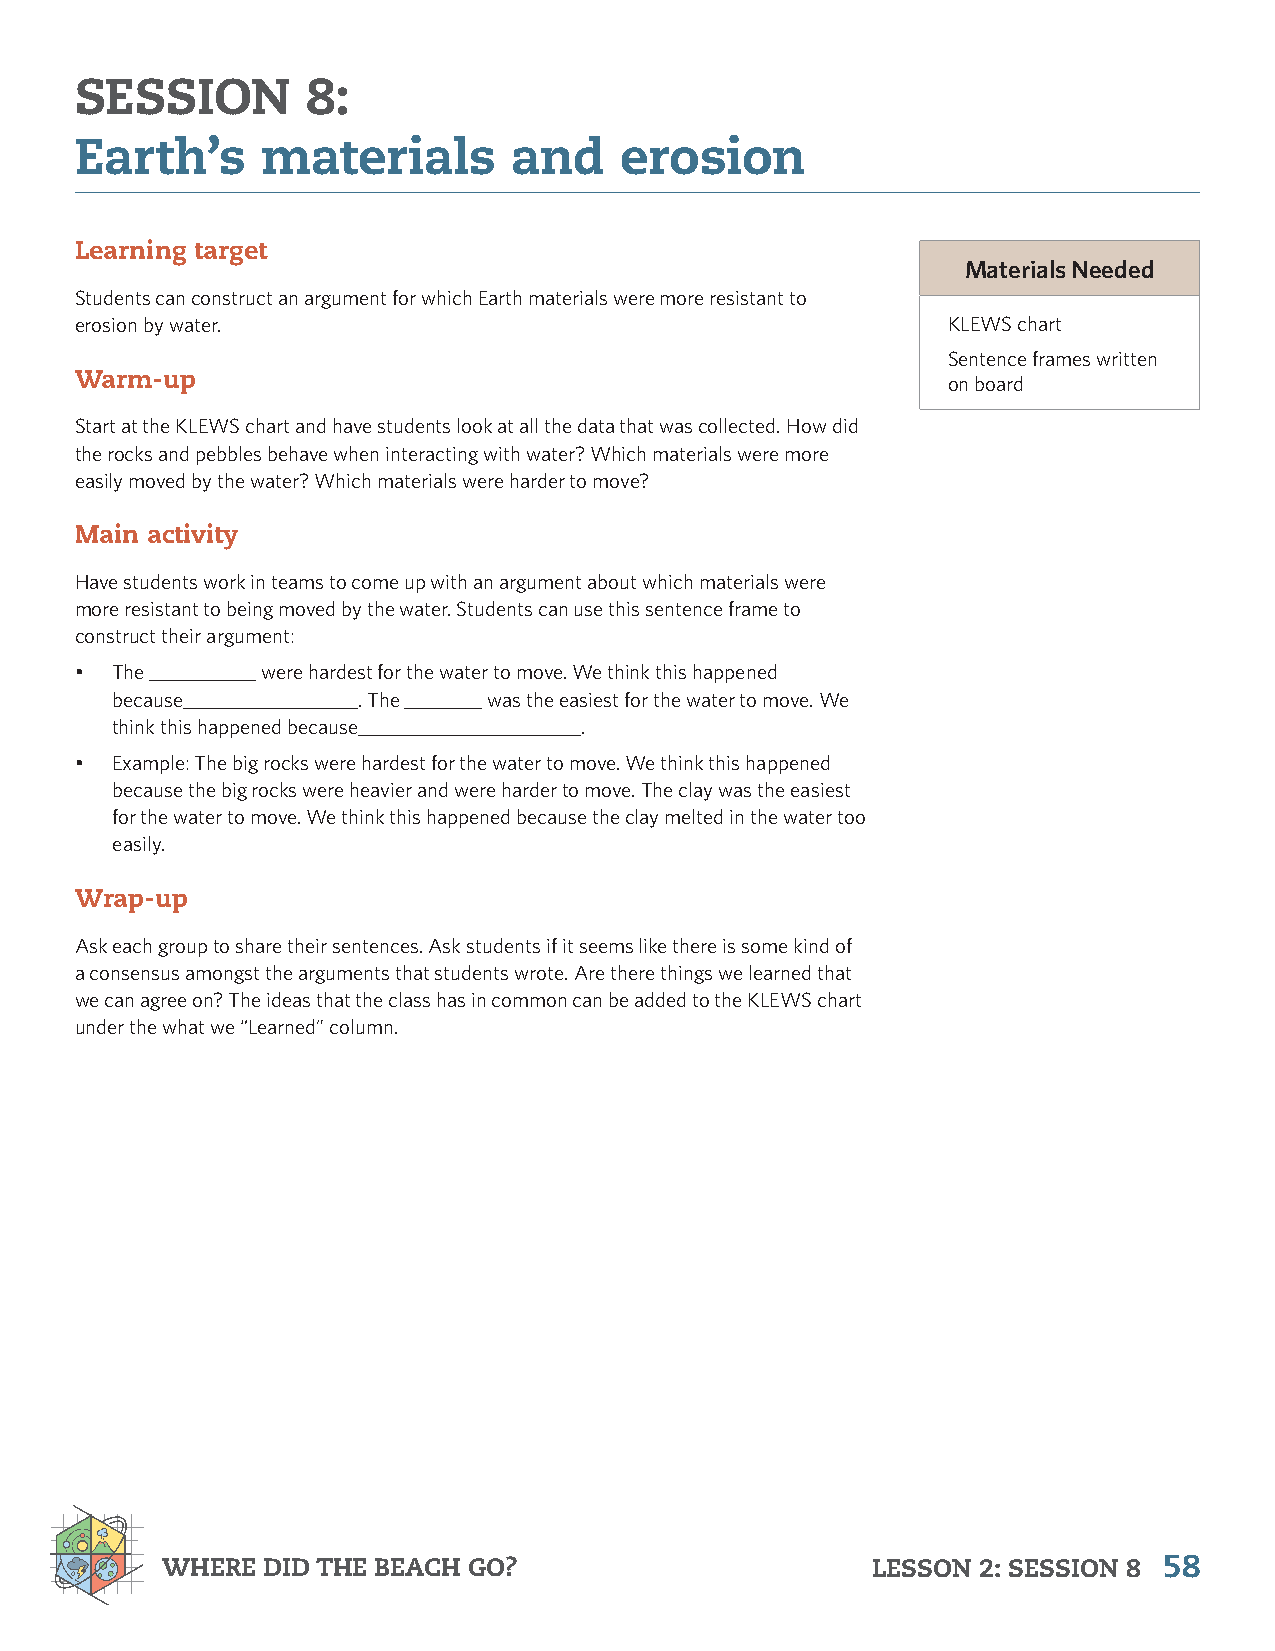
SESSION        8:
 Earth’s     materials        and    erosion
 Learning target
 Materials Needed
 Students can construct an argument for which Earth materials were more resistant to
 erosion by water.                                         KLEWS chart
 Sentence frames written
 Warm-up                                                   on board
 Start at the KLEWS chart and have students look at all the data that was collected. How did
 the rocks and pebbles behave when interacting with water? Which materials were more
 easily moved by the water? Which materials were harder to move?
 Main activity
 Have students work in teams to come up with an argument about which materials were
 more resistant to being moved by the water. Students can use this sentence frame to
 construct their argument:
 • The ___________ were hardest for the water to move. We think this happened
 because__________________. The ________ was the easiest for the water to move. We
 think this happened because_______________________.
 • Example: The big rocks were hardest for the water to move. We think this happened
 because the big rocks were heavier and were harder to move. The clay was the easiest
 for the water to move. We think this happened because the clay melted in the water too
 easily.
 Wrap-up
 Ask each group to share their sentences. Ask students if it seems like there is some kind of
 a consensus amongst the arguments that students wrote. Are there things we learned that
 we can agree on? The ideas that the class has in common can be added to the KLEWS chart
 under the what we “Learned” column.
 WHERE DID THE BEACH GO?                        LESSON 2: SESSION 8 58